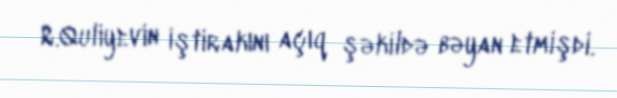
R.Quliyevin iştirakını açıq şəkildə bəyan etmişdi.